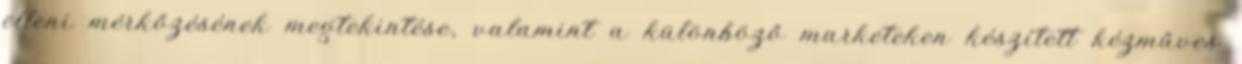
elleni mérkőzésének megtekintése, valamint a különböző marketeken készített kézműves